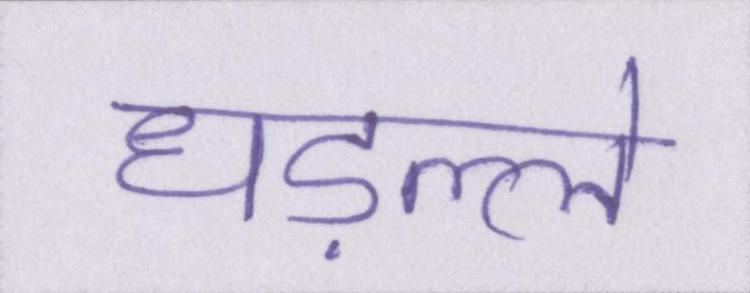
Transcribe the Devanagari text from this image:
धड़ल्ले